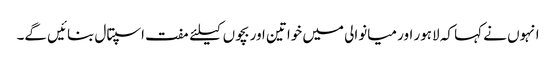
انہوں نے کہا کہ لاہور اور میانوالی میں خواتین اور بچوں کیلئے مفت اسپتال بنائیں گے۔